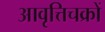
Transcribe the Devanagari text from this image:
आवृत्तिचक्रों